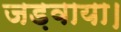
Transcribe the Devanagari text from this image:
जड़वाया।